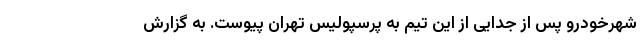
شهرخودرو پس از جدایی از این تیم به پرسپولیس تهران پیوست. به گزارش